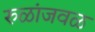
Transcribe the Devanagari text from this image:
रुळांजवळ